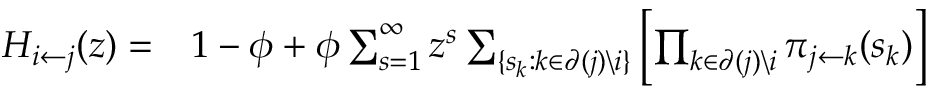
\begin{array} { r l } { H _ { i \leftarrow j } ( z ) = } & { { } 1 - \phi + \phi \sum _ { s = 1 } ^ { \infty } z ^ { s } \sum _ { \{ s _ { k } : k \in \partial ( j ) \backslash i \} } \left[ \prod _ { k \in \partial ( j ) \backslash i } \pi _ { j \leftarrow k } ( s _ { k } ) \right] } \end{array}